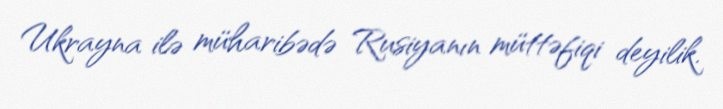
Ukrayna ilə müharibədə Rusiyanın müttəfiqi deyilik.